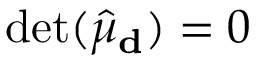
\operatorname* { d e t } ( \hat { \mu } _ { \bf d } ) = 0